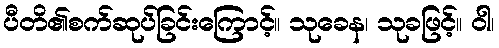
ပီတိ၏စက်ဆုပ်ခြင်းကြောင့်။ သုခေန၊ သုခဖြင့်။ ဝါ၊